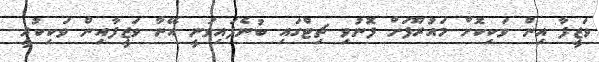
ވަޒީފާ އިން ވަކިކޮށް މައުރޫފަށް ފޮނުވި ޗިޓްގައި ބުނެފައިވަނީ އޭނާ ވަޒީފާއިން ވަކިކުރީ